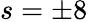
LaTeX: s=\pm 8